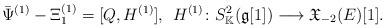
LaTeX: \begin{align*} \Bar{\Psi}^{(1)}-\Xi_1^{(1)}=[Q, H^{(1)}],\, \;H^{(1)}\colon S_\mathbb{K}^{2}(\mathfrak{g}[1])\longrightarrow\mathfrak{X}_{-2}(E)[1].\end{align*}